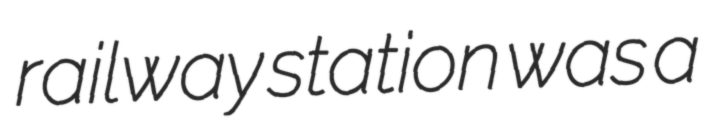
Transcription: railway station was a